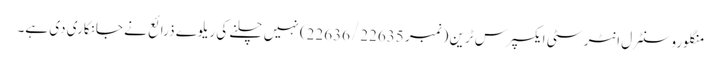
منگلورو سنٹرل انٹر سٹی ایکسپرس ٹرین (نمبر 22636/22635) نہیں چلنے کی ریلوے ذرائع نے جانکاری دی ہے۔